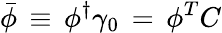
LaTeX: {\bar{\phi}}\, \equiv\, \phi^{\dagger}\gamma_{0}\, =\, \phi^{T}C